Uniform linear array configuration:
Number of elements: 16
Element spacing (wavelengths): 1
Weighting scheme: hann
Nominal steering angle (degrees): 60
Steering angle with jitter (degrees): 58.565
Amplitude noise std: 0.05
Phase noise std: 0.05

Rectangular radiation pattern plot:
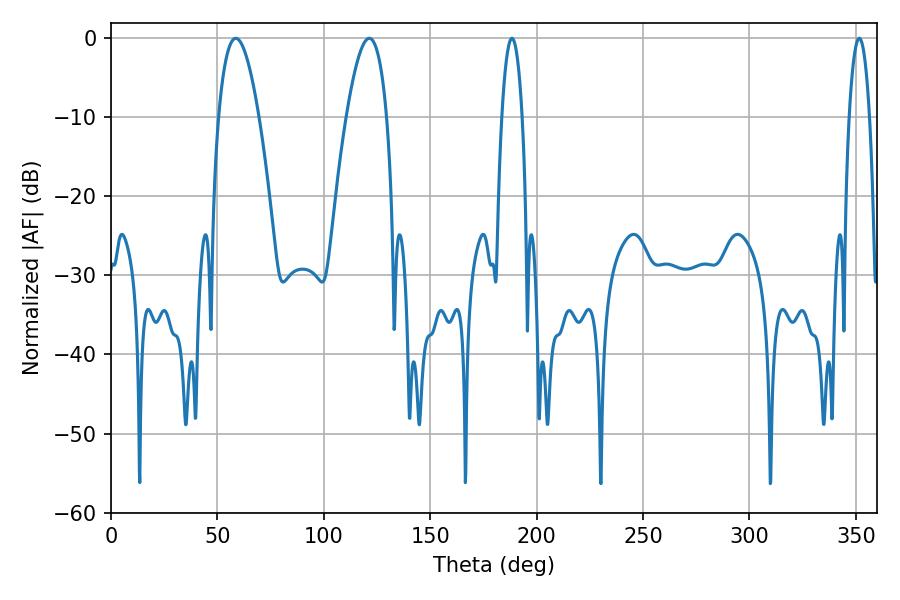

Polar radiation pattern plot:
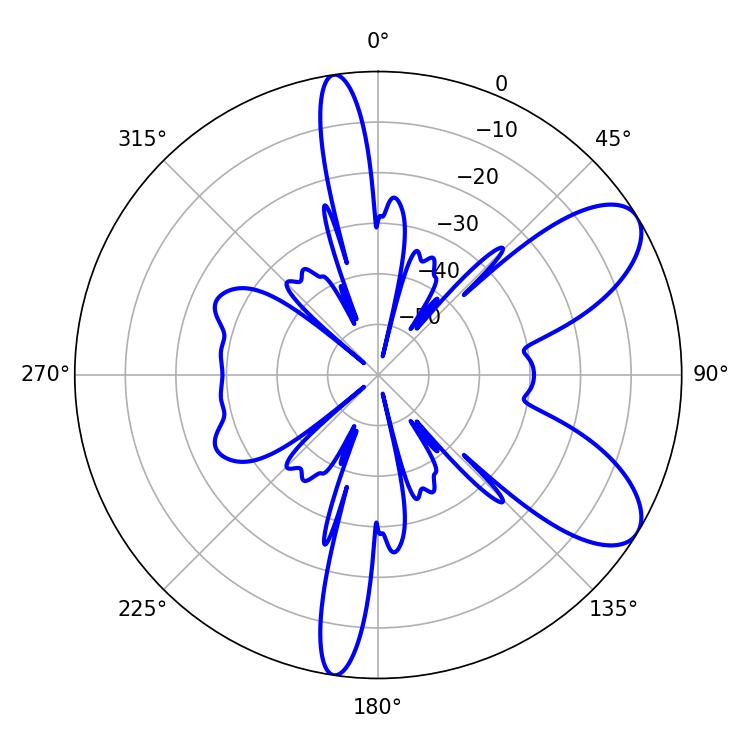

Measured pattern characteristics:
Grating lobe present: TRUE
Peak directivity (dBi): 8.169
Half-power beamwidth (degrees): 10.44
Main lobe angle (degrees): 58.68